Lock hospitals Punjab
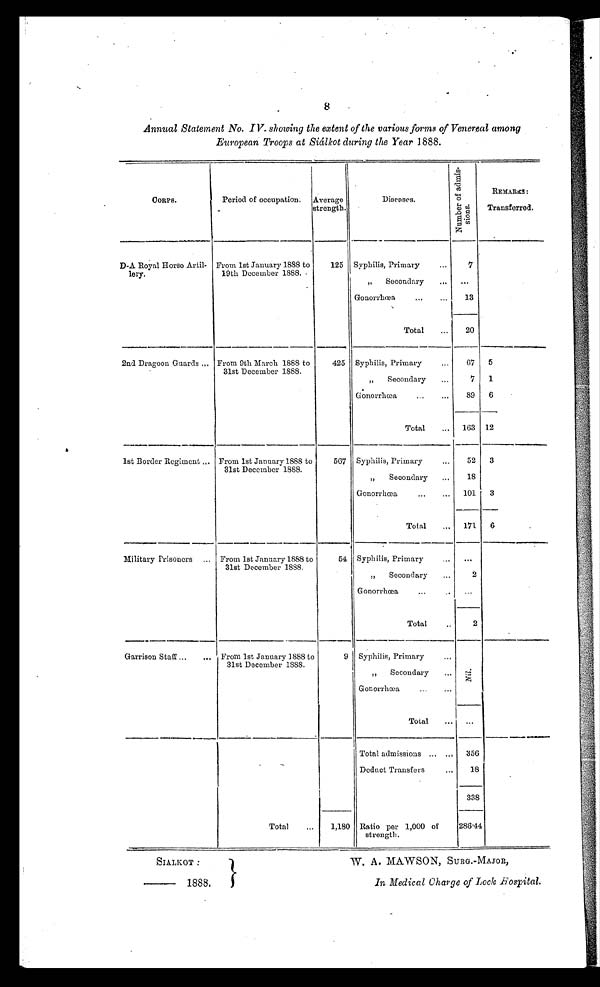
SIALKOT :
— 1888.
W. A. MAWSON, SURG.-MAJOR,
In Medical Charge of Lock Hospital.
8
Annual Statement No, IV. showing the extent of the various forms of Venereal among
European Troops at Siálkot during the Year 1888.
CORPS.
Period of occupation.Average
strength.
Diseases.
N u m b e r o f a d m i s - s i o n s .
REMARKS:
Transferred.
D-A Royal Horse Artil-
lery.
From 1st January 1888 to
19th December 1888.
125 Syphilis, Primary
...
7
„ Secondary
. . . ...
Gonorrhœa
...
. . . 13
Total
...
20
2nd Dragoon Guards ... From 9th March 1888 to
31st December 1888.
425 Syphilis, Primary
...
67 5
,, S e c o n d a r y
. . .
7 1
G o n o r r h œ a
. . .
89 6
Total
... 163 12
1st Border Regiment ... From 1st January 1888 to
31st December 1888.
567 Syphilis, Primary
...
52 3
„ Secondary ...
18
Gonorrhœa
. . .
. . . 101 3
Total
. . . 171 6
Military Prisoners ... From 1st January 1888 to
31st December 1888.
54 Syphilis, Primary
. . .
. . .
„ Secondary
...
2
Gonorrhœa
. . .
. . .
. . .
Total
..
2
Garrison Staff ...
... From 1st January 1888 to
31st December 1888 .
9 Syphilis, Primary
. . .
N i l
" Secondary
. . .
Gonorrhœa
...
...
Total
... ...
Total admissions . . . . . . 356
Deduct Transfers
. . .
18
338
Total
...
1,180 Ratio per 1,000 of
strength.
286.44